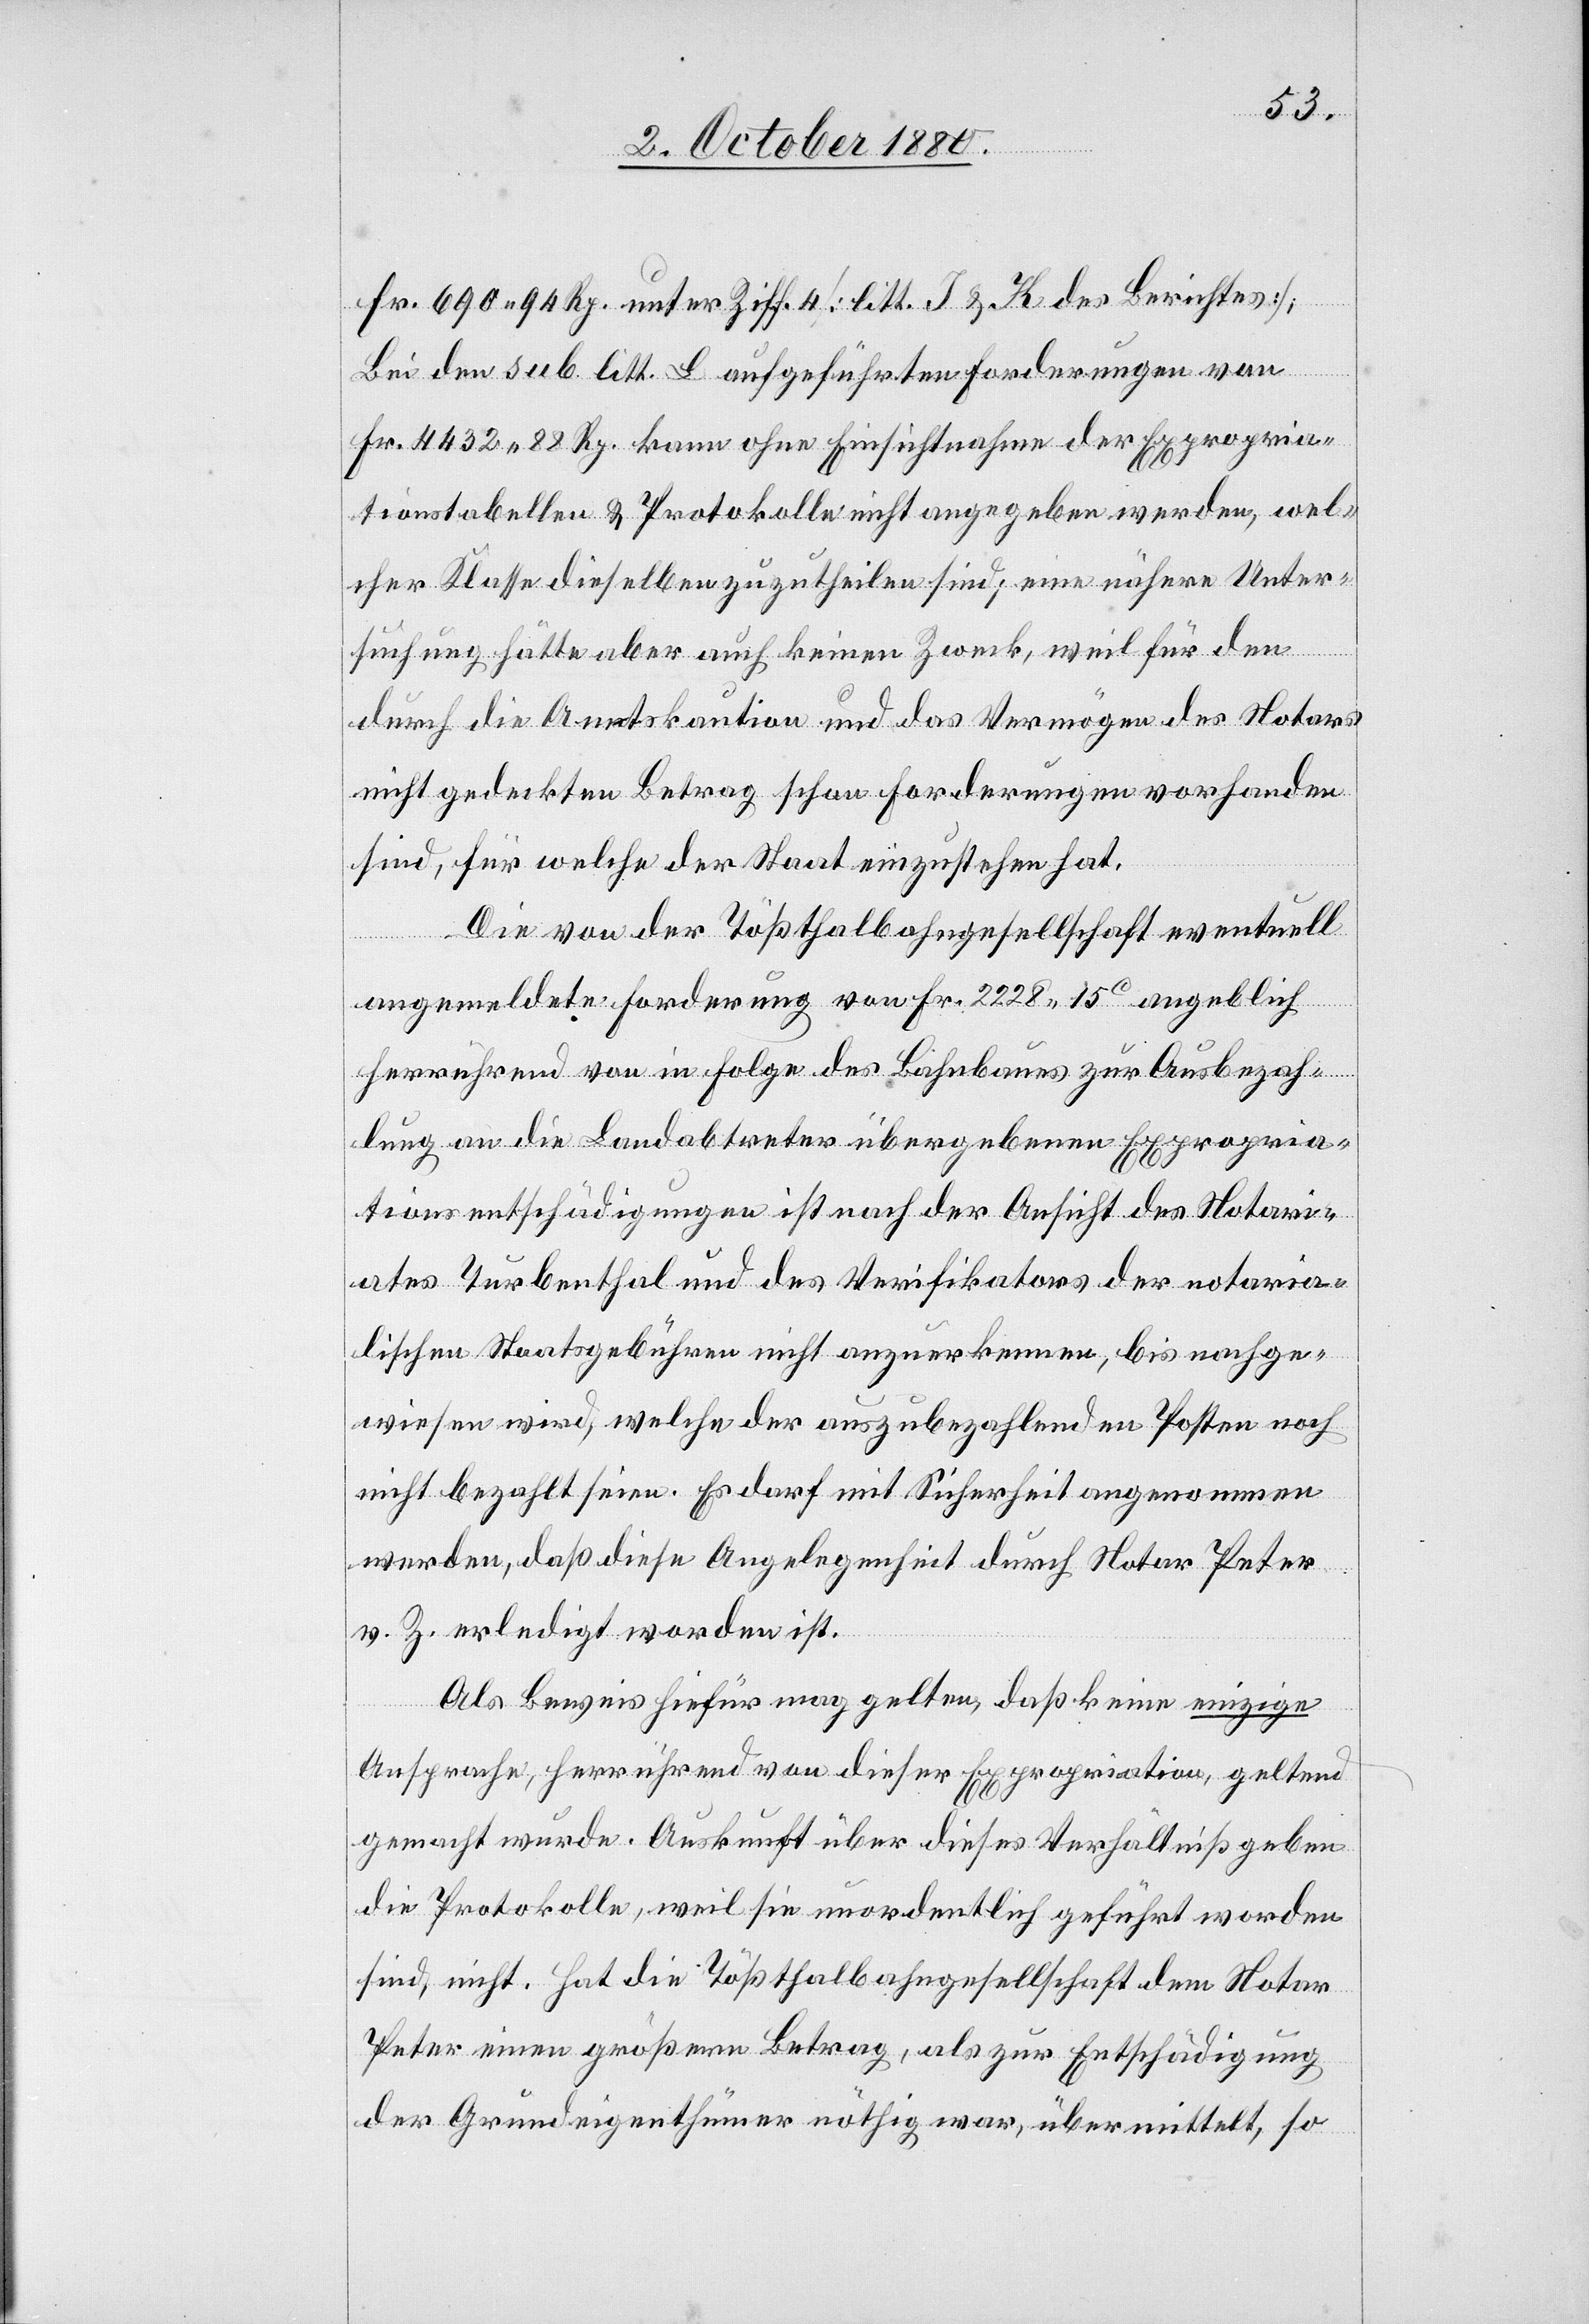
Fr. 690 94 Rp. unter Ziff. 4 [litt. J & K des Berichtes].
Bei den sub litt. L aufgeführten Forderungen von
Fr. 4432 88 Rp. kann ohne Einsichtnahme der Expropria¬
tionstabellen & Protokolle nicht angegeben werden, wel¬
cher Klasse dieselben zuzutheilen sind; eine nähere Unter¬
suchung hätte aber auch keinen Zweck, weil für den
durch die Amtskaution und das Vermögen des Notars
nicht gedeckten Betrag schon Forderungen vorhanden
sind, für welche der Staat einzustehen hat.
Die von der Tößthalbahngesellschaft eventuell
angemeldete Forderung von Fr. 2228 15 angeblich
herrührend von in Folge des Bahnbaues zur Ausbezah¬
lung an die Landabtreter übergebenen Expropria¬
tionsentschädigungen ist nach der Ansicht des Notari¬
ates Turbenthal und des Verifikators der notaria¬
lischen Staatsgebühren nicht anzuerkennen, bis nachge¬
wiesen wird, welche der auszubezahlenden Posten noch
nicht bezahlt seien. Es darf mit Sicherheit angenommen
werden, daß diese Angelegenheit durch Notar Peter
r. Z. erledigt worden ist.
Als Beweis hiefür mag gelten, daß keine einzige
Ansprache, herrührend von dieser Expropriation, geltend
gemacht wurde. Auskunft über dieses Verhältniß geben
die Protokolle, weil sie unordentlich geführt worden
sind, nicht. Hat die Tößthalbahngesellschaft dem Notar
Peter einen größern Betrag, als zur Entschädigung
der Grundeigenthümer nöthig war, übermittelt, so